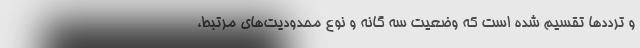
و ترددها تقسیم شده است که وضعیت سه گانه و نوع محدودیت‌های مرتبط،